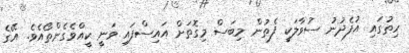
ހިތުގައި އުފެދުނު ސުވާލަކީ ފެތުން މިބަސް މިގޮތަށް އައިސްފައި ވަނީ ކީއްވެގެންތޯއެވެ. އޭގެ